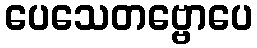
ပေသေတဗ္ဗောပေ